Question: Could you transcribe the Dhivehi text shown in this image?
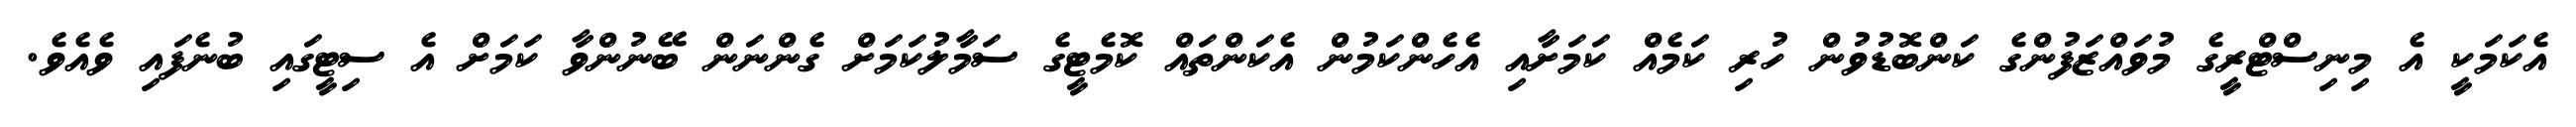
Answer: އެކަމަކީ އެ މިނިސްޓްރީގެ މުވައްޒަފުންގެ ކަންބޮޑުވުން ހުރި ކަމެއް ކަމަށާއި އެހެންކަމުން އެކަންތައް ކޮމެޓީގެ ސަމާލުކަމަށް ގެންނަން ބޭނުންވާ ކަމަށް އެ ސިޓީގައި ބުނެފައި ވެއެވެ.